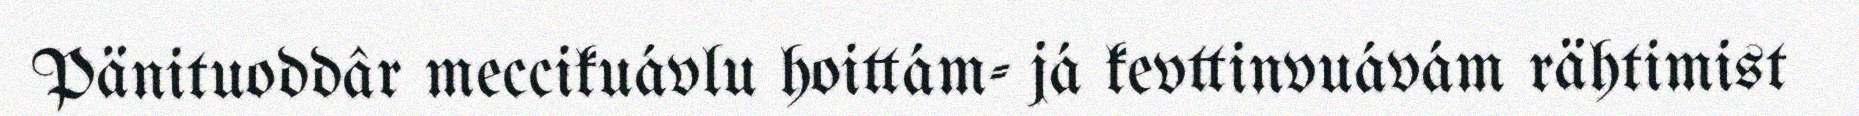
Pänituoddâr meccikuávlu hoittám- já kevttinvuávám rähtimist